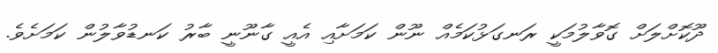
ދޫކޮށްލަށް ގޮވާލުމަކީ ރަނގަޅުކަމެއް ނޫން ކަމަށާއި އެއީ ގާނޫނީ ބާރު ކަނޑުވާލުން ކަަމަށެވެ.